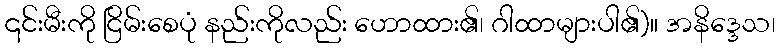
၎င်းမီးကို ငြိမ်းစေပုံ နည်းကိုလည်း ဟောထား၏၊ ဂါထာများပါ၏)။ အနိဒ္ဒေသ၊